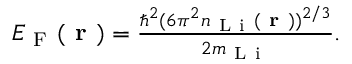
\begin{array} { r } { E _ { \mathrm { ~ F ~ } } ( \textbf { r } ) = \frac { \hbar ^ { 2 } ( 6 \pi ^ { 2 } n _ { \mathrm { ~ L ~ i ~ } } ( \textbf { r } ) ) ^ { 2 / 3 } } { 2 m _ { \mathrm { ~ L ~ i ~ } } } . } \end{array}